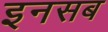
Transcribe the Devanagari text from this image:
इनसब